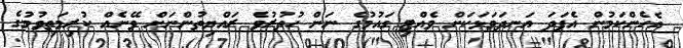
އެހެންކަމުން އެފަދަ އަނދަވަޅަކަށް ވެއްޓި ގައުމުގެ ނަން ހުތުރުވެ ރައްޔިތުންނަށް ވޭނެއް ކުރިމަތިވުމުގެ